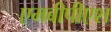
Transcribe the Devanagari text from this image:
एमबीपीएश